画像に写った文字を読んでください
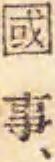
「國事、」と書いてあります